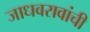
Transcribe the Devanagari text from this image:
जाधवरावांची